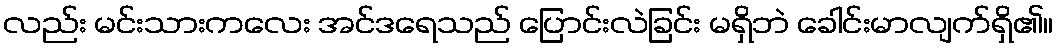
လည်း မင်းသားကလေး အင်ဒရေသည် ပြောင်းလဲခြင်း မရှိဘဲ ခေါင်းမာလျက်ရှိ၏။